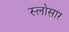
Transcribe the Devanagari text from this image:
स्लोसार